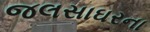
જલસાઘરના